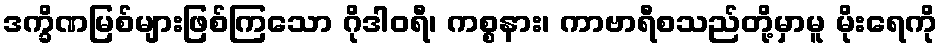
ဒက္ခိဏမြစ်များဖြစ်ကြသော ဂိုဒါဝရီ၊ ကစ္စနား၊ ကာဗာရီစသည်တို့မှာမူ မိုးရေကို